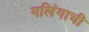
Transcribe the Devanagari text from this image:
मलिंगाची